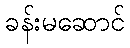
ခန်းမဆောင်